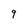
Character: 9